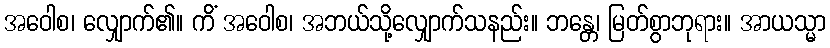
အဝေါစ၊ လျှောက်၏။ ကိံ အဝေါစ၊ အဘယ်သို့လျှောက်သနည်း။ ဘန္တေ၊ မြတ်စွာဘုရား။ အာယသ္မာ